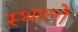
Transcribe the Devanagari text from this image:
स्थालों